Vabadussoja_Ajaloo_Komitee, lk 33
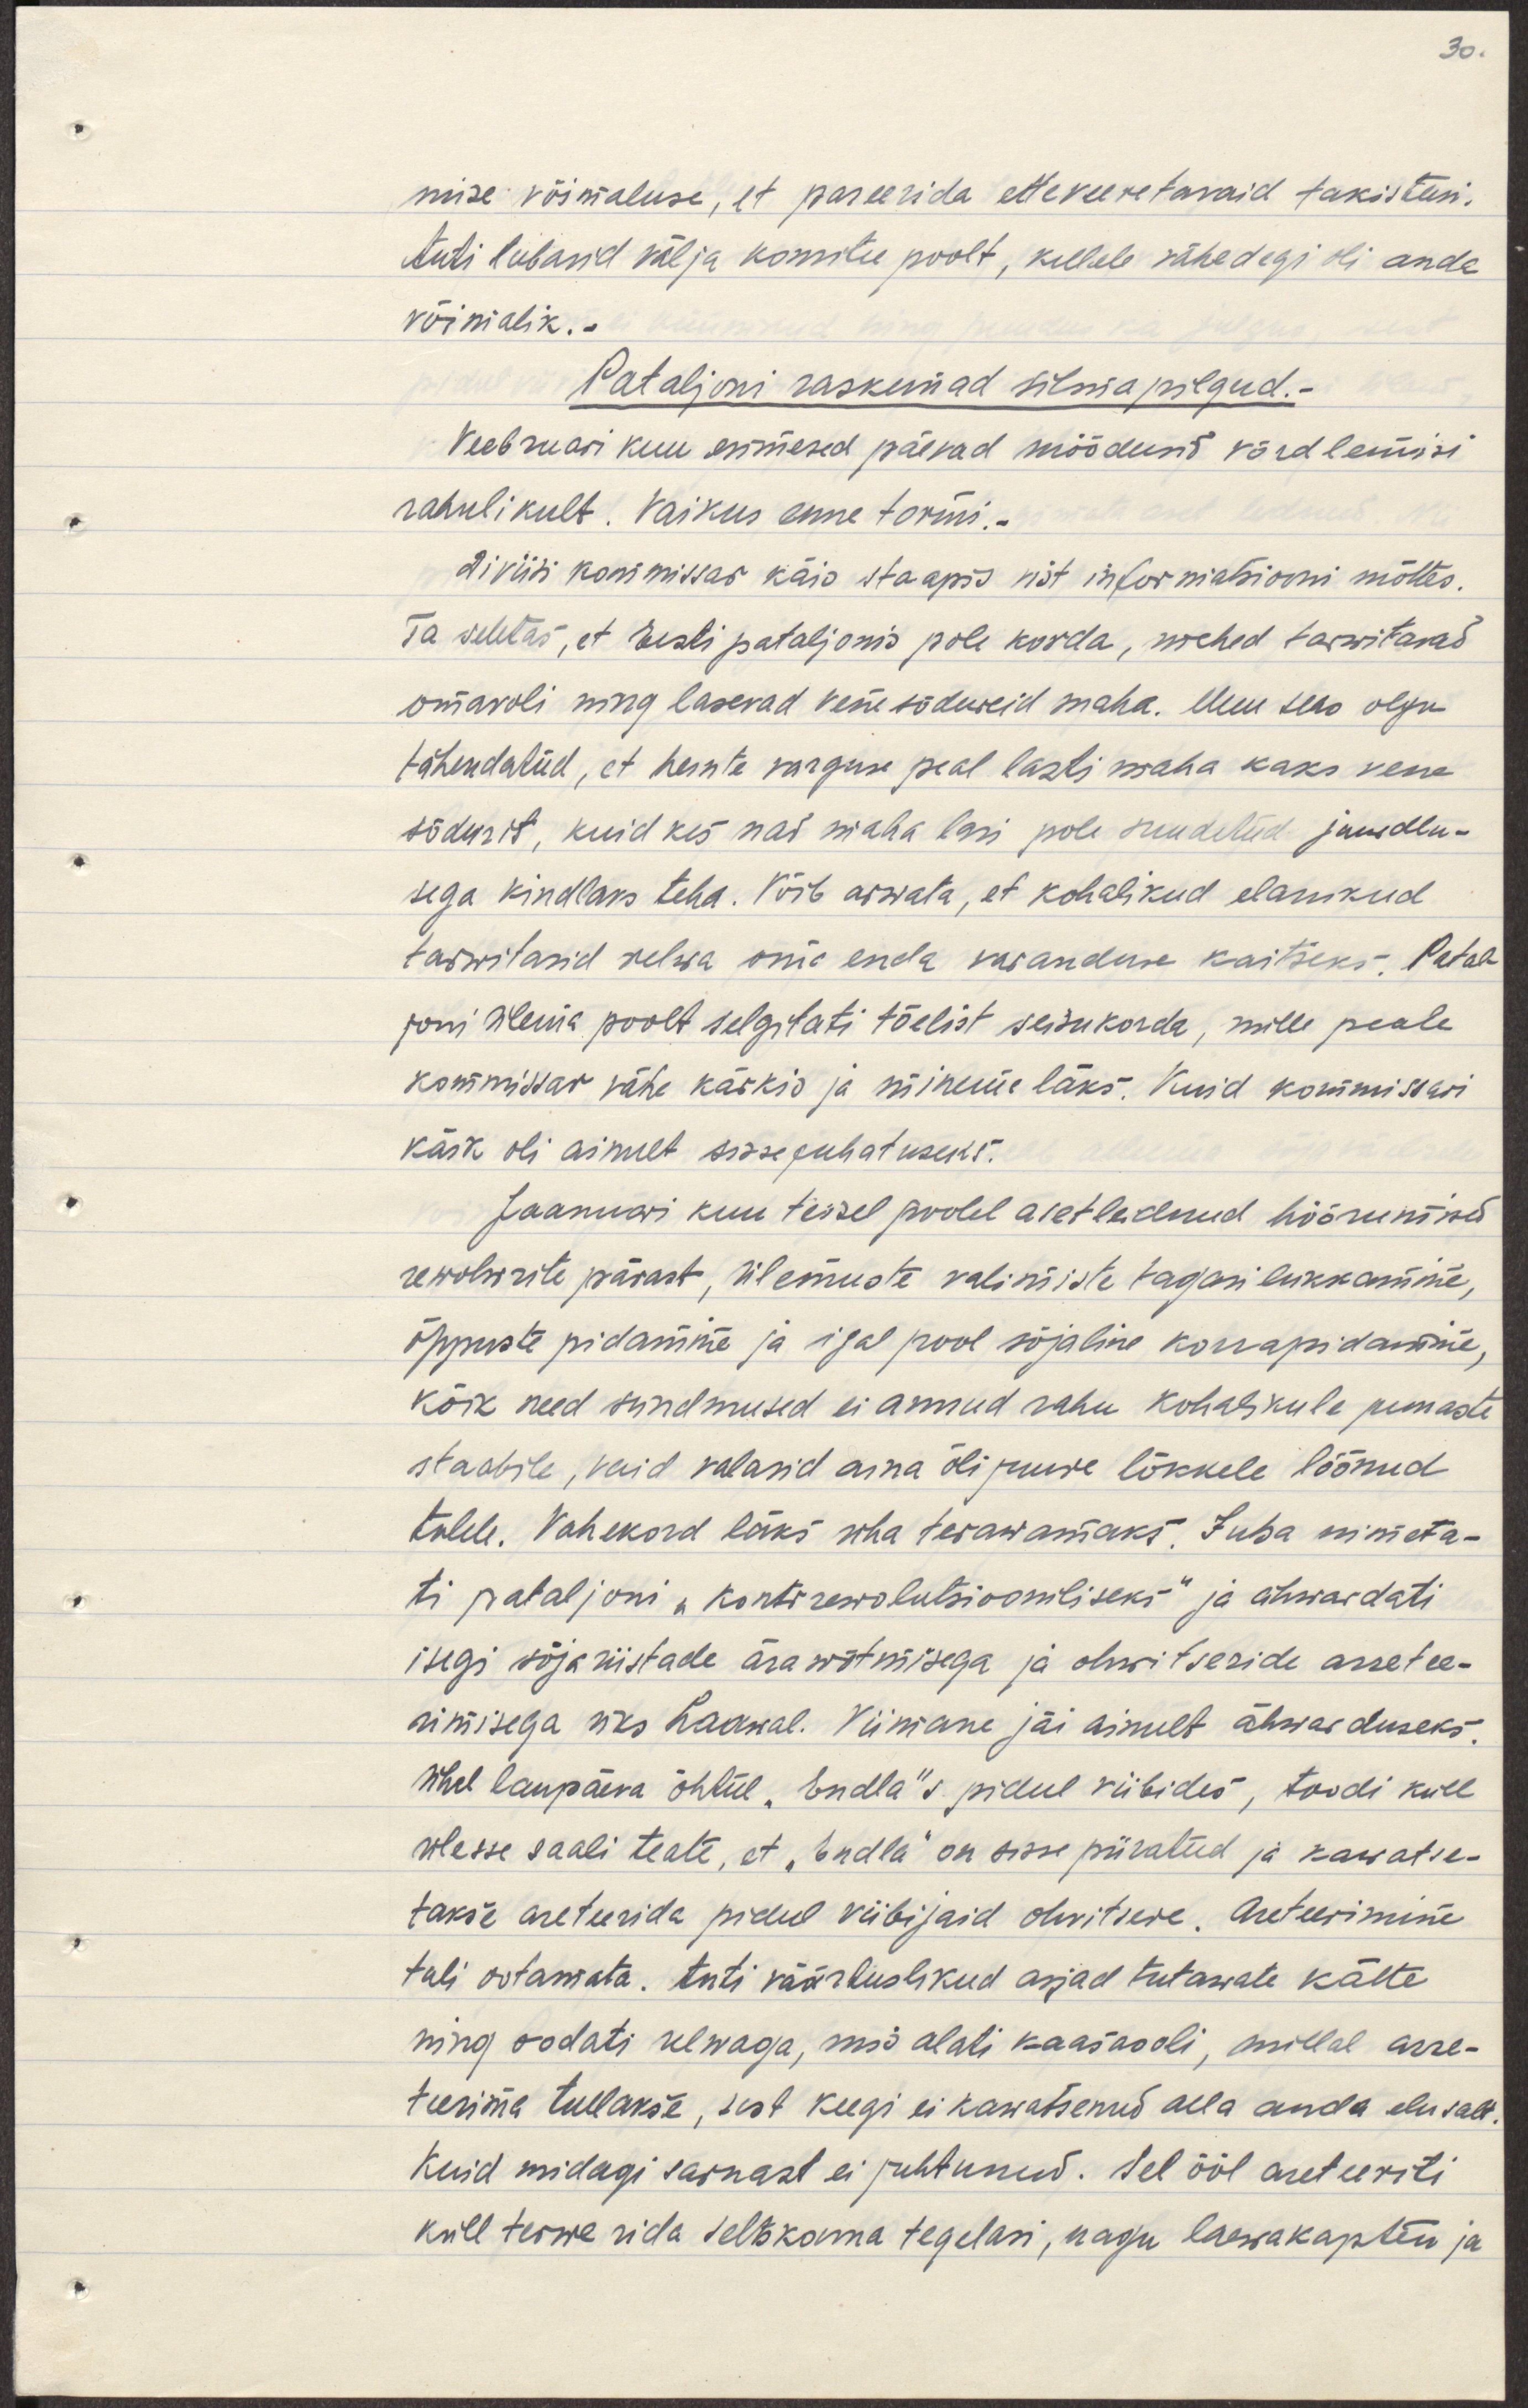
mise võimaluse, et pareerida etteruttavaid takistusi.
Anti lubasid välja komitee poolt, kellele vähegi oli anda
võimalik.
Pataljoni raskemad silmapilgud.
Veebruari kuu esimesed päevad möödusid võrdlemisi
rahulikult. vaikus enne tormi.-
Diviisi kommissar käis staapis vist informatsiooni mõttes.
Ta seletas, et Eesti pataljonis pole korda, mehed tarvitavad
omavoli ning lasevad vene sõdureid maha. Muu seas olgu
tähendatud, et heinte varguse peal lasti maha kaks vene
sõdurit, kuid kes nad maha lasi pole suudetud juurdlu-
sega kindlaks teha. Võib arvata, et kohalikud elanikud 
tarwitasid relwa oma enda varanduse kaitseks. Patal-
joni ülema poolt selgitati tõelist seisukorda, mille peale
kommissar vähe käskis ja minema läks. Kuid kommissari
käsk oli ainult sissejuhatuseks.
Jaanuari kuu teisel poolel aset leidnud hõõrumised
rewolwrite pärast, ülemuste valimiste tagasi lükkamine,
õppuste pidamine ja igal pool sõjaline korrapidamine,
kõik need sündmused ei annud rahu kohalikule punaste
staabile, vaid valasid aina õli juure lõkkele lõõnud
tulele. Vahekord läks üha teravamaks. Juba nimeta-
ti pataljoni "kontrrewolutsiooniliseks" ja ähwardati
isegi sõjariistade ärawõtmisega ja ohwitseride arretee-
rimisega üks haawal. Viimane jäi ainult ähwarduseks.
Ühel laupäeva õhtul "Endla"s pidul viibides, toodi küll
ülesse saali teate, et "Endla" on sisse piiratud ja kavatse-
takse areteerida pidul viibijaid ohwitsere. Areteerimine
tuli ootamata. Anti väärtuslikud asjad tutawate kätte
ning oodati relwaga, mis alati kaasas oli, millal arre-
teerima tullakse, sest keegi ei kawatsenud alla anda elusalt.
Kuid midagi sarnast ei juhtunud. Sel õõl arreteeriti
küll terwe rida seltskonna tegelasi, nagu laewakaptenid ja